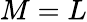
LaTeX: {M=L}